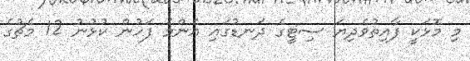
މި މޮޅަކީ ފާއިތުވެދިޔަ ސިޓީގެ ދަނޑުގައި އެންމެ ފަހުން ކުޅުނު 12 މެޗުގެ